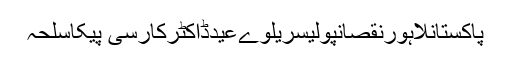
پاکستانلاہورنقصانپولیسریلوےعیدڈاکٹرکارسی پیکاسلحہ